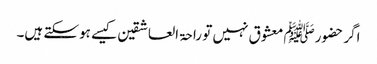
اگر حضورﷺ معشوق نہیں تو راحۃ العاشقین کیسے ہوسکتے ہیں۔